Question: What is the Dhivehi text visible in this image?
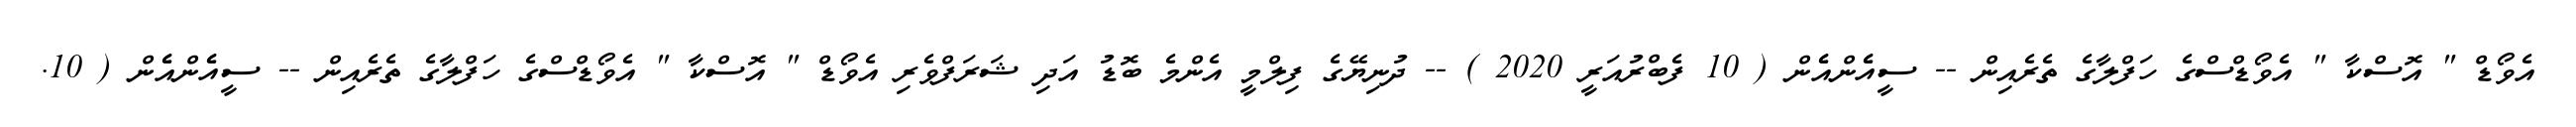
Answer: އެވޯޑް " އޮސްކާ " އެވޯޑްސްގެ ހަފްލާގެ ތެރެއިން -- ސީއެެންއެެން ( 10 ފެބްރުއަރީ 2020 ) -- ދުނިޔޭގެ ފިލްމީ އެންމެ ބޮޑު އަދި ޝަރަފްވެރި އެވޯޑް " އޮސްކާ " އެވޯޑްސްގެ ހަފްލާގެ ތެރެއިން -- ސީއެެންއެެން ( 10.